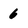
Character: 6